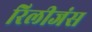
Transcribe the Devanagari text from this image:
रिलीजंस